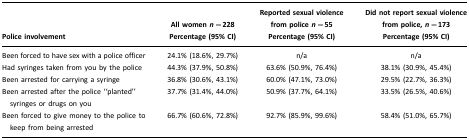
<table><thead><tr><td><b>Police involvement</b></td><td><b>All women <i>n</i>=228 Percentage (95% CI)</b></td><td><b>Reported sexual violence from police <i>n</i>=55 Percentage (95% CI)</b></td><td><b>Did not report sexual violence from police, <i>n</i>=173 Percentage (95% CI)</b></td></tr></thead><tbody><tr><td>Been forced to have sex with a police officer</td><td>24.1% (18.6%, 29.7%)</td><td>n/a</td><td>n/a</td></tr><tr><td>Had syringes taken from you by the police</td><td>44.3% (37.9%, 50.8%)</td><td>63.6% (50.9%, 76.4%)</td><td>38.1% (30.9%, 45.4%)</td></tr><tr><td>Been arrested for carrying a syringe</td><td>36.8% (30.6%, 43.1%)</td><td>60.0% (47.1%, 73.0%)</td><td>29.5% (22.7%, 36.3%)</td></tr><tr><td>Been arrested after the police “planted” syringes or drugs on you</td><td>37.7% (31.4%, 44.0%)</td><td>50.9% (37.7%, 64.1%)</td><td>33.5% (26.5%, 40.6%)</td></tr><tr><td>Been forced to give money to the police to keep from being arrested</td><td>66.7% (60.6%, 72.8%)</td><td>92.7% (85.9%, 99.6%)</td><td>58.4% (51.0%, 65.7%)</td></tr></tbody></table>